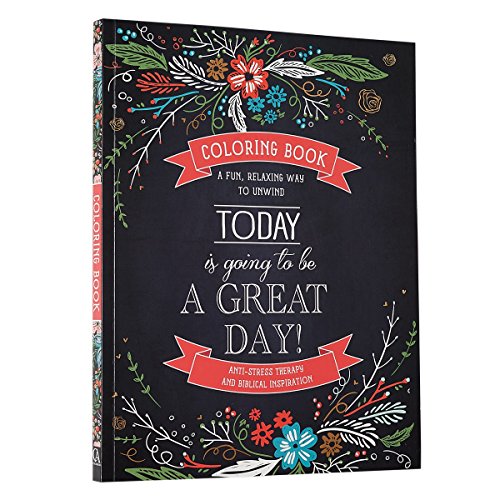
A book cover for "Today Is Going To Be A Great Day" Inspirational Adult Coloring Book; Christian Art Publishers; Humor & Entertainment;